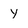
Character: y